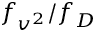
f _ { v ^ { 2 } } / f _ { D }